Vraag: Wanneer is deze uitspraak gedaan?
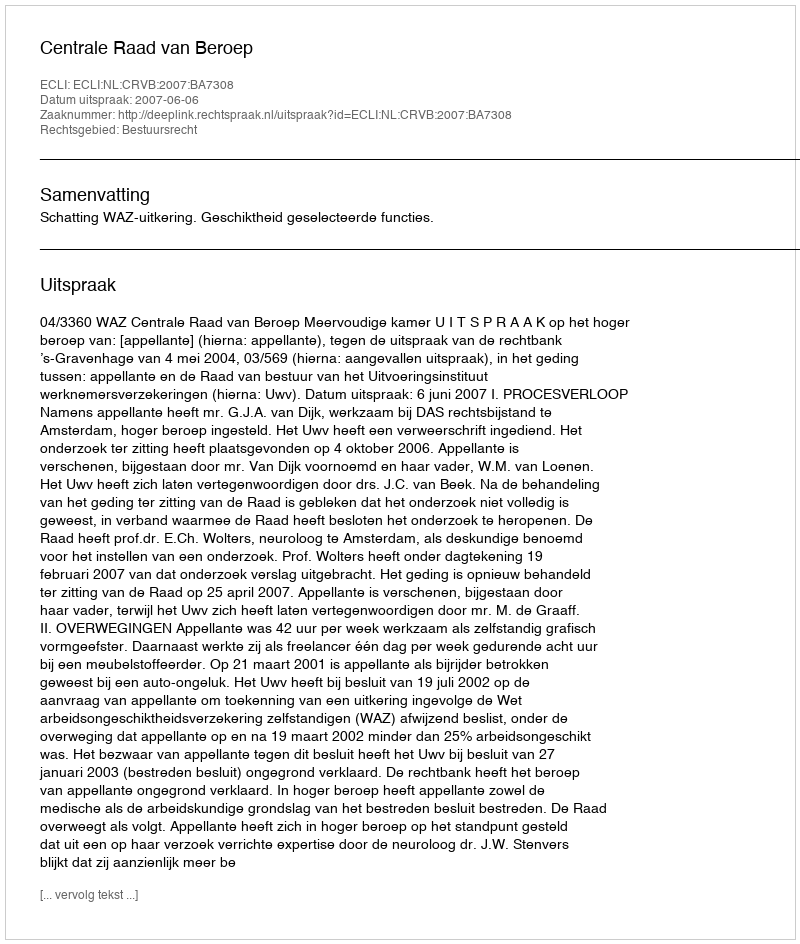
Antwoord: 2007-06-06